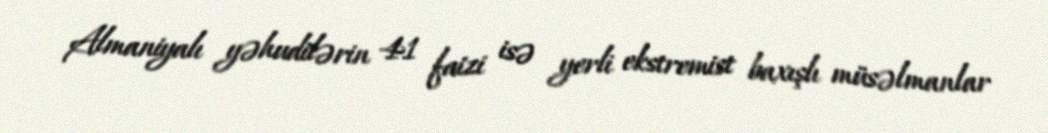
Almaniyalı yəhudilərin 41 faizi isə yerli ekstremist baxışlı müsəlmanlar